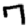
Digit: 7